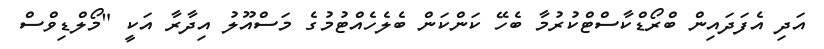
އަދި އެފަދައިން ބްރޯޑްކާސްޓްކުރުމާ ބެހޭ ކަންކަން ބެލެހެއްޓުމުގެ މަސްއޫލު އިދާރާ އަކީ "މޯލްޑިވްސް